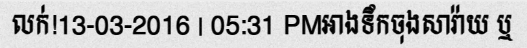
លក់!13-03-2016 | 05:31 PMអាងទឹកចុងសារ៉ាយ ឬ